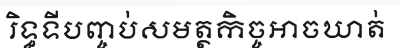
រិទ្ធទីបញ្ចប់សមត្ថកិច្ចអាចឃាត់